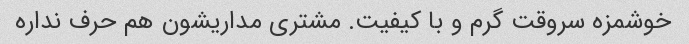
خوشمزه سروقت گرم و با کیفیت. مشتری مداریشون هم حرف نداره